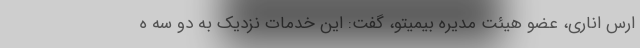
ارس اناری، عضو هیئت مدیره بیمیتو، گفت: این خدمات نزدیک به دو سه ه